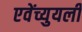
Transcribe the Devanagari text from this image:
एवेंच्युयली